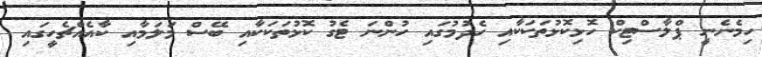
ހިމެނެނީ ޕްލާސްޓިކް ހޮޅިކޮޅުތަކަކާއި ހެދުމުގައި ހުންނަ ޓެގު ކޮޅުތަކަކާއި ބޭސް މަލަމާއި ކާއެއްޗެހީގައި